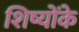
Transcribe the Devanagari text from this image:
शिष्योंके